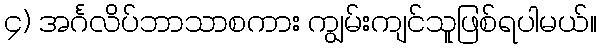
၄) အင်္ဂလိပ်ဘာသာစကား ကျွမ်းကျင်သူဖြစ်ရပါမယ်။